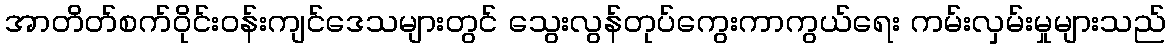
အာတိတ်စက်ဝိုင်းဝန်းကျင်ဒေသများတွင် သွေးလွန်တုပ်ကွေးကာကွယ်ရေး ကမ်းလှမ်းမှုများသည်